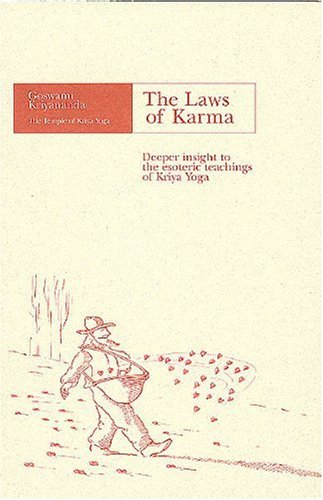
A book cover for The Laws of Karma: Deeper Insight to the Esoteric Teachings of Kriya Yoga; Goswami Kriyananda; Religion & Spirituality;